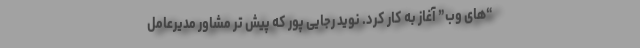
“های وب” آغاز به کار کرد. نوید رجایی پور که پیش تر مشاور مدیرعامل